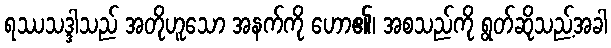
ရဿသဒ္ဒါသည် အတိုဟူသော အနက်ကို ဟော၏၊ အစသည်ကို ရွတ်ဆိုသည့်အခါ